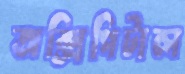
অক্সিপিটাল